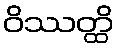
ဝိဿတ္ထိ